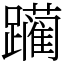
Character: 躏